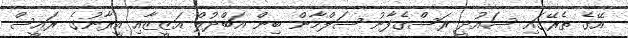
އޭގެ ތެރޭގައި ސައުދީ ރަސްގެފާނު ސަލްމާން ބިން އަބްދުލް އަޒީޒާއި އީރާނުގެ ރައީސް